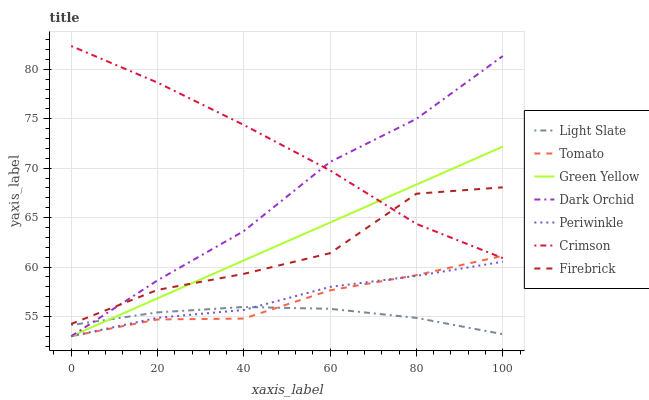
| xaxis_label | Light Slate | Tomato | Green Yellow | Dark Orchid | Periwinkle | Crimson | Firebrick |
 | --- | --- | --- | --- | --- | --- | --- | --- |
 | 0 | 54.1 | 53 | 53 | 53 | 53 | 82.4 | 54.2 |
 | 20 | 55.4 | 54.7 | 56.8 | 58.6 | 54.9 | 78.7 | 57.7 |
 | 40 | 56 | 54.8 | 60.7 | 63.6 | 55.7 | 74.4 | 59.3 |
 | 60 | 55.8 | 57.6 | 64.5 | 70.6 | 58 | 69.8 | 61.4 |
 | 80 | 54.9 | 59.2 | 68.3 | 75 | 59.1 | 64.4 | 67.4 |
 | 100 | 53.2 | 61.1 | 72.2 | 81.3 | 60.5 | 60.9 | 68.1 |